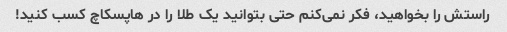
راستش را بخواهید، فکر نمی‌کنم حتی بتوانید یک طلا را در هاپسکاچ کسب کنید!